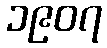
၁၉၀၇